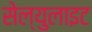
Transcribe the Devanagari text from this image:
सेल्युलाइट